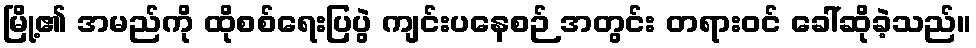
မြို့၏ အမည်ကို ထိုစစ်ရေးပြပွဲ ကျင်းပနေစဉ် အတွင်း တရားဝင် ခေါ်ဆိုခဲ့သည်။